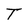
Character: T